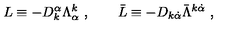
L \equiv - D _ { k } ^ { \alpha } \Lambda _ { \alpha } ^ { k } \ , \qquad \bar { L } \equiv - D _ { k \dot { \alpha } } \bar { \Lambda } ^ { k \dot { \alpha } } \ ,